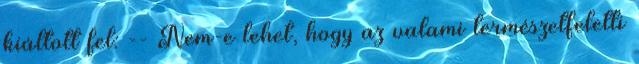
kiáltott fel: -- Nem-e lehet, hogy az valami természetfeletti